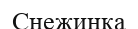
Снежинка